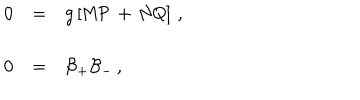
\begin{array} { r c l } { { 0 } } & { { = } } & { { g \left[ \mathsf { M } \mathsf { P } \, + \, \mathsf { N } \mathsf { Q } \right] \, , } } \\ { { } } & { { } } & { { } } \\ { { 0 } } & { { = } } & { { { \cal B } _ { + } { \cal B } _ { - } \, , } } \\ \end{array}